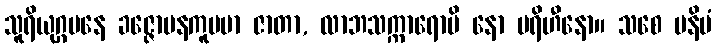
သူရိယုဂ္ဂမနေ ခဇ္ဇောပနကူပမာ ဇာတာ, လာဘသက္ကာရောပိ နော ပရိဟီနော။ သစေ ပနိမံ